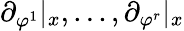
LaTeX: \partial_{\varphi^{1}}|_{x},...,\partial_{\varphi^{r}}|_{x}